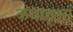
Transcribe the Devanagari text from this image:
कथासूत्रों